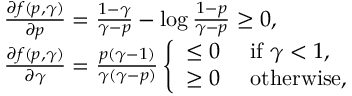
\begin{array} { r l } & { \frac { \partial { f ( p , \gamma ) } } { \partial { p } } = \frac { 1 - \gamma } { \gamma - p } - \log \frac { 1 - p } { \gamma - p } \geq 0 , } \\ & { \frac { \partial { f ( p , \gamma ) } } { \partial { \gamma } } = \frac { p ( \gamma - 1 ) } { \gamma ( \gamma - p ) } \left\{ \begin{array} { l l } { \leq 0 } & { \ \mathrm { i f } \ \gamma < 1 , } \\ { \geq 0 } & { \ \mathrm { o t h e r w i s e } , } \end{array} \right. } \end{array}